Medical and sanitary report of the native army of Madras for the year
Year: 1877
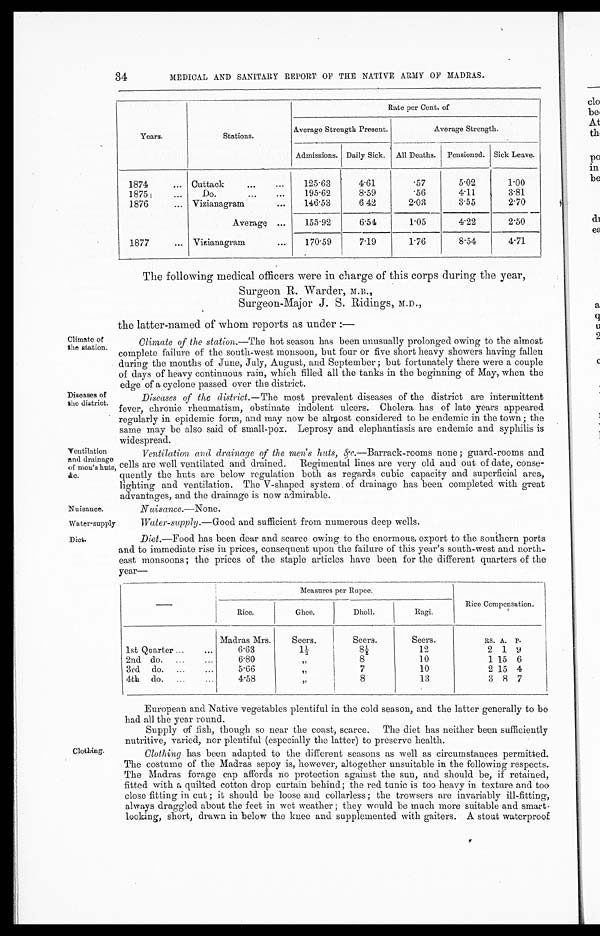
34 MEDICAL AND SANITARY REPORT OF THE NATIVE ARMY OF MADRAS.
Years.
Stations.
Rate per Cent. of
Average Strength Present.
Average Strength.
Admissions. Daily Sick. All Deaths. Pensioned. Sick Leave.
1874
Cuttack
125·63
4·61
·57
5·02
1·00
1875
Do.
195·62
8·59
·56
4·11
3·81
1876
Vizianagram
146·53
6·42
2· 03
3·55
2·70
Average
155·92
6·54
1·05
4·22
2·50
1877
Vizianagram
170·59
7·19
1·76
8·54
4·71
The following medical officers were in charge of this corps during the year,
Surgeon R. Warder, M.B.,
Surgeon-Major J. S. Ridings, M.D.,
the latter-named of whom reports as under:—
Climate of
the station.
Diseases of
the district.
Climate of the station. —The hot season has been unusually prolonged owing to the almost
complete failure of the south-west monsoon, but four or five short heavy showers having fallen
during the months of June, July, August, and September; but fortunately there were a couple
of days of heavy continuous rain, which filled all the tanks in the beginning of May, when the
edge of a cyclone passed over the district.
Diseases of the district. —The most prevalent diseases of the district are intermittent
fever, chronic rheumatism, obstinate indolent ulcers. Cholera has of late years appeared
regularly in epidemic form, and may now be almost considered to be endemic in the town; the
same may be also said of small-pox. Leprosy and elephantiasis are endemic and syphilis is
widespread.
Ventilation
and drainage
of men's huts
, &c.
Nuisance.
Ventilation and drainage of the men's huts, &c. —Barrack-rooms none; guard-rooms and
cells are well ventilated and drained. Regimental lines are very old and out of date, conse--
quently the huts are below regulation both as regards cubic capacity and superficial area,
lighting and ventilation. The V-shaped system of drainage has been completed with great
advantages, and the drainage is now admirable.
Nuisance..—None .
Water-supply
Water-supply .—Good and sufficient from numerous deep wells.
Diet.
Diet.—Food has been dear and scarce owing to the enormous, export to the southern ports
and to immediate rise in prices, consequent upon the failure of this year's south-west and north
-east monsoons; the prices of the staple articles have been for the different quarters of the
year—
—
Measures per Rupee.
Rice Compensation.
Rice.
Ghee.
Dholl.
Ragi.
Madras Mrs.
Seers.
Seers.
Seers.
Rs. A. P.
1st Quarter
6·63
1 ½
8½
12
2 1 9
2nd do.
6·80
”
8
10
1 15 6
3rd do.
5·66
”
7
10
2 15 4
4th do
4 · 5 8
”
8
13
3 8 7
Clothing.
European and Native vegetables plentiful in the cold season, and the latter generally to be
had all the year round.
Supply of fish, though so near the coast, scarce. The diet has neither been sufficiently
nutritive, varied, nor plentiful (especially the latter) to preserve health.
Clothing has been adapted to the different seasons as well as circumstances permitted.
The costume of the Madras sepoy is, however, altogether unsuitable in the following respects.
The Madras forage cap affords no protection against the sun, and. should be, if retained,
fitted with a quilted cotton drop curtain behind; the red tunic is too heavy in texture and too
close fitting in cut; it should be loose and collarless; the trowsers are invariably ill-fitting,
always draggled about the feet in wet weather; they would be much more suitable and smart-
looking, short, drawn in below the knee and supplemented with gaiters. A stout waterproof